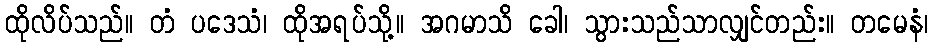
ထိုလိပ်သည်။ တံ ပဒေသံ၊ ထိုအရပ်သို့။ အဂမာသိ ခေါ၊ သွားသည်သာလျှင်တည်း။ တမေနံ၊